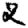
Digit: 2